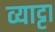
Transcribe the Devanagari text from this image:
व्याट्टा